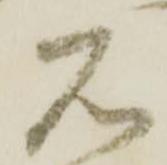
石